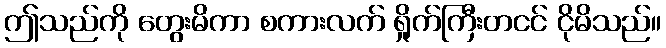
ဤသည်ကို တွေးမိကာ စကားလက် ရှိုက်ကြီးတငင် ငိုမိသည်။